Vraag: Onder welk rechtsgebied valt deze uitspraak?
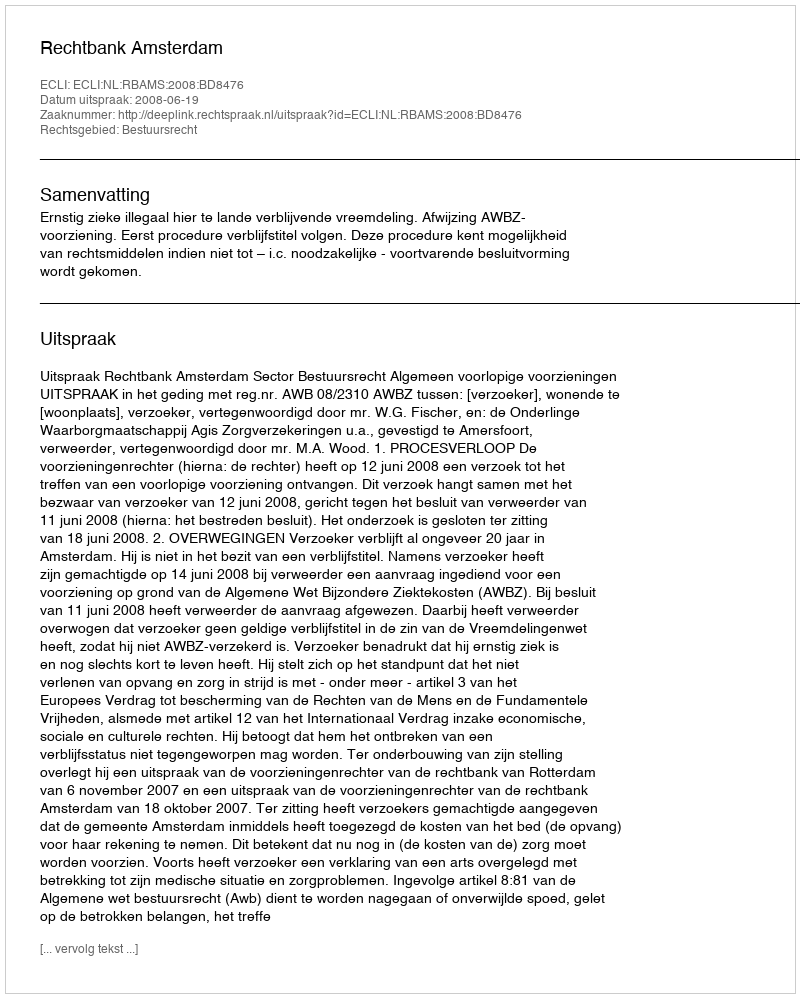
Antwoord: Bestuursrecht